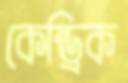
কেন্ড্রিক